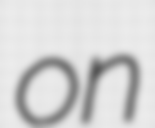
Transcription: on